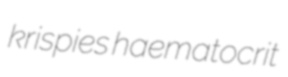
krispies haematocrit